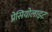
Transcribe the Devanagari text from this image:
प्रेसियोलाइट